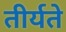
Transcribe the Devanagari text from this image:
तीर्यते